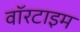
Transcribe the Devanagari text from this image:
वॉरटाइम